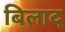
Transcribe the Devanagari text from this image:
बिलाद्